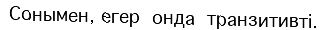
Сонымен, егер  онда  транзитивті.